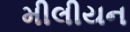
મીલીયન